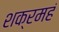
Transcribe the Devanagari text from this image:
शक्रमहं